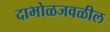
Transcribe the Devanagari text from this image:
दाभोळजवळील